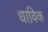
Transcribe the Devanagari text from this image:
धाविक